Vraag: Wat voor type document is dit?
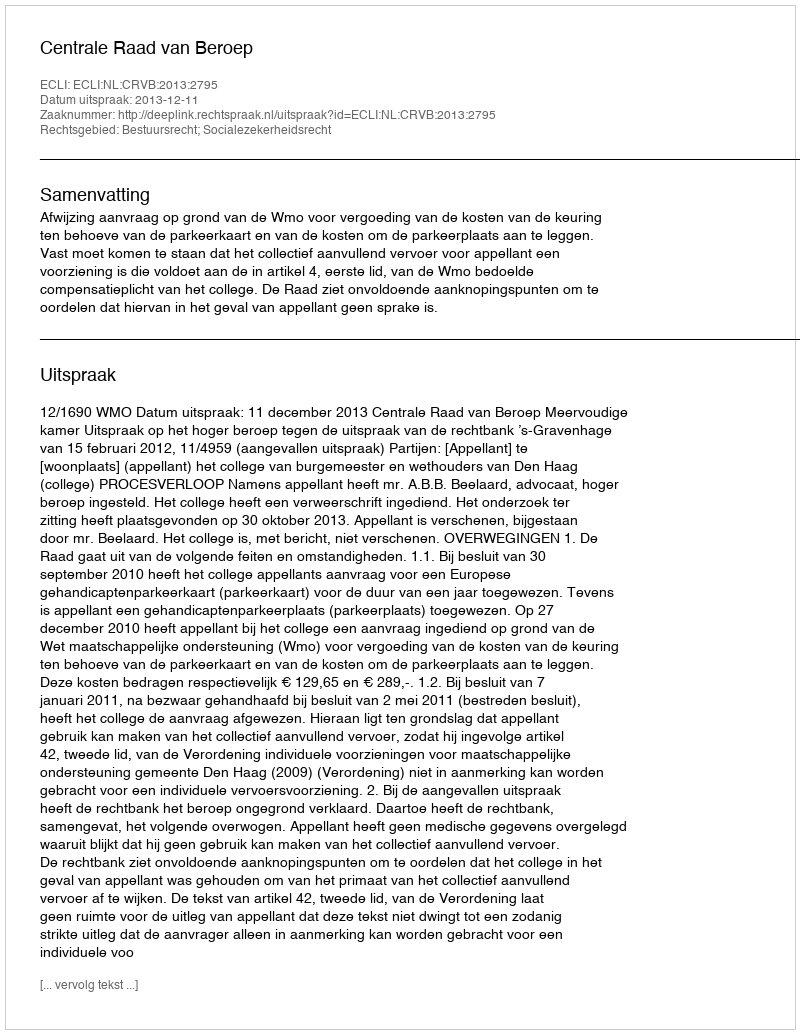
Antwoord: Uitspraak